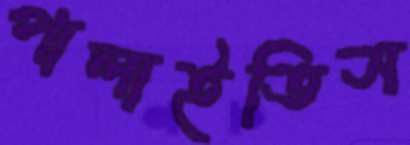
পালাইতিস